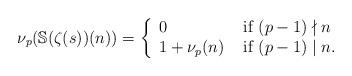
LaTeX: \begin{align*} \nu_p(\mathbb{S}(\zeta(s))(n)) = \left\{ \begin{array}{ll} 0 & \mbox{\ if\ } (p-1) \nmid n \\ 1 + \nu_p(n) & \mbox{\ if\ } (p-1)\mid n.\end{array}\right. \end{align*}